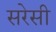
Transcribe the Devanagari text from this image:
सरेसी